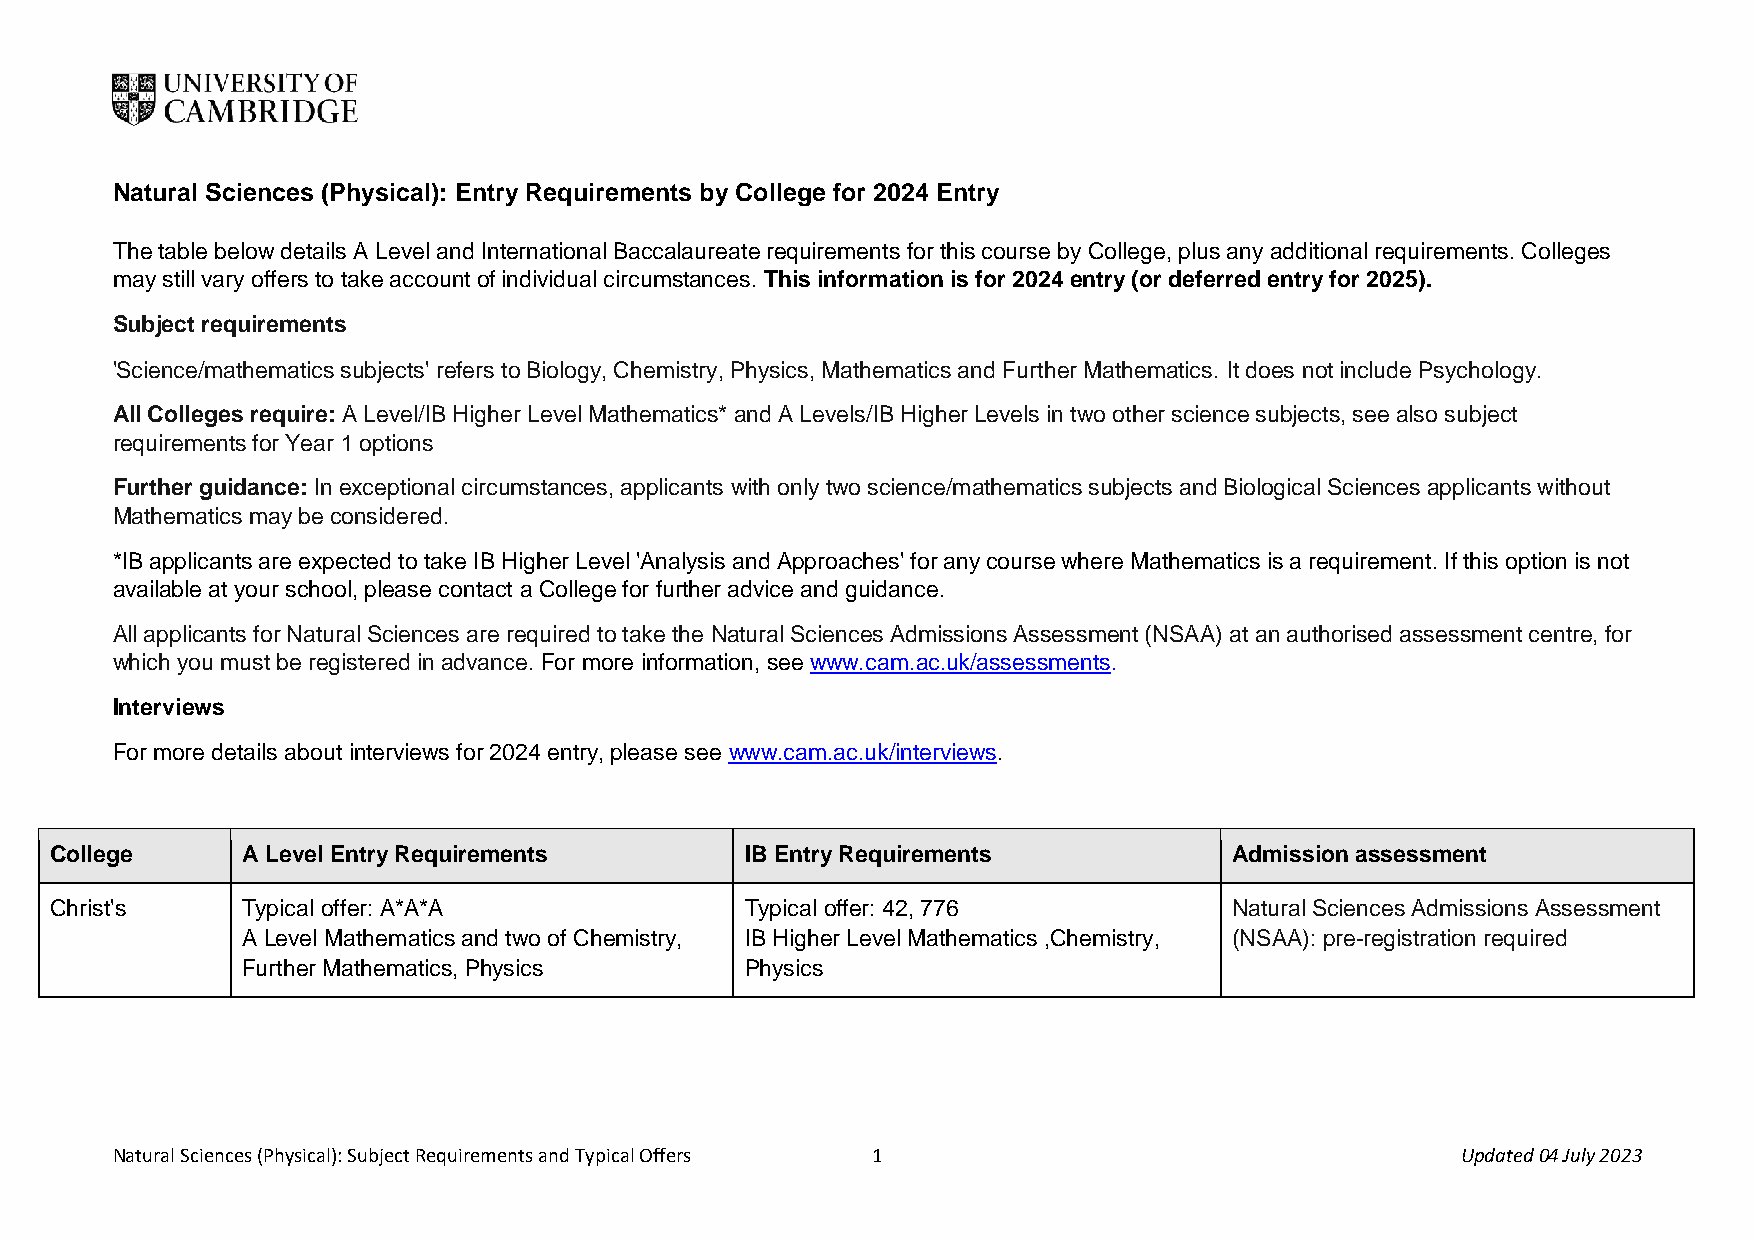
Natural Sciences (Physical): Entry Requirements by College for 2024 Entry
 The table below details A Level and International Baccalaureate requirements for this course by College, plus any additional requirements. Colleges
 may still vary offers to take account of individual circumstances. This information is for 2024 entry (or deferred entry for 2025).
 Subject requirements
 'Science/mathematics subjects' refers to Biology, Chemistry, Physics, Mathematics and Further Mathematics. It does not include Psychology.
 All Colleges require: A Level/IB Higher Level Mathematics* and A Levels/IB Higher Levels in two other science subjects, see also subject
 requirements for Year 1 options
 Further guidance: In exceptional circumstances, applicants with only two science/mathematics subjects and Biological Sciences applicants without
 Mathematics may be considered.
 *IB applicants are expected to take IB Higher Level 'Analysis and Approaches' for any course where Mathematics is a requirement. If this option is not
 available at your school, please contact a College for further advice and guidance.
 All applicants for Natural Sciences are required to take the Natural Sciences Admissions Assessment (NSAA) at an authorised assessment centre, for
 which you must be registered in advance. For more information, see www.cam.ac.uk/assessments.
 Interviews
 For more details about interviews for 2024 entry, please see www.cam.ac.uk/interviews.
 College      A Level Entry Requirements       IB Entry Requirements            Admission assessment
 Christ's     Typical offer: A*A*A             Typical offer: 42, 776           Natural Sciences Admissions Assessment
 A Level Mathematics and two of Chemistry, IB Higher Level Mathematics ,Chemistry, (NSAA): pre-registration required
 Further Mathematics, Physics     Physics
 Natural Sciences (Physical): Subject Requirements and Typical Offers 1                    Updated 04 July 2023